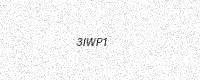
Text: 3IWP1